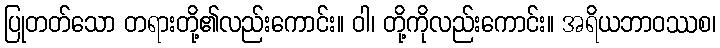
ပြုတတ်သော တရားတို့၏လည်းကောင်း။ ဝါ၊ တို့ကိုလည်းကောင်း။ အရိယဘာဝဿစ၊